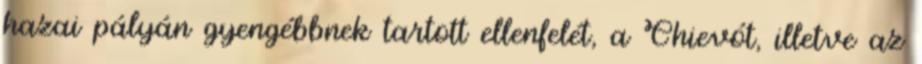
hazai pályán gyengébbnek tartott ellenfelét, a Chievót, illetve az